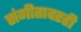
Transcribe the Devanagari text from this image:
संगीतावरही